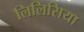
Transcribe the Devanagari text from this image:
लिलिसिया